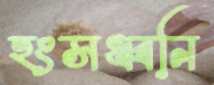
হংসধ্বনি